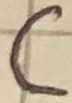
Text: C